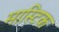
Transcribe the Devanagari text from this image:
मास्टिक